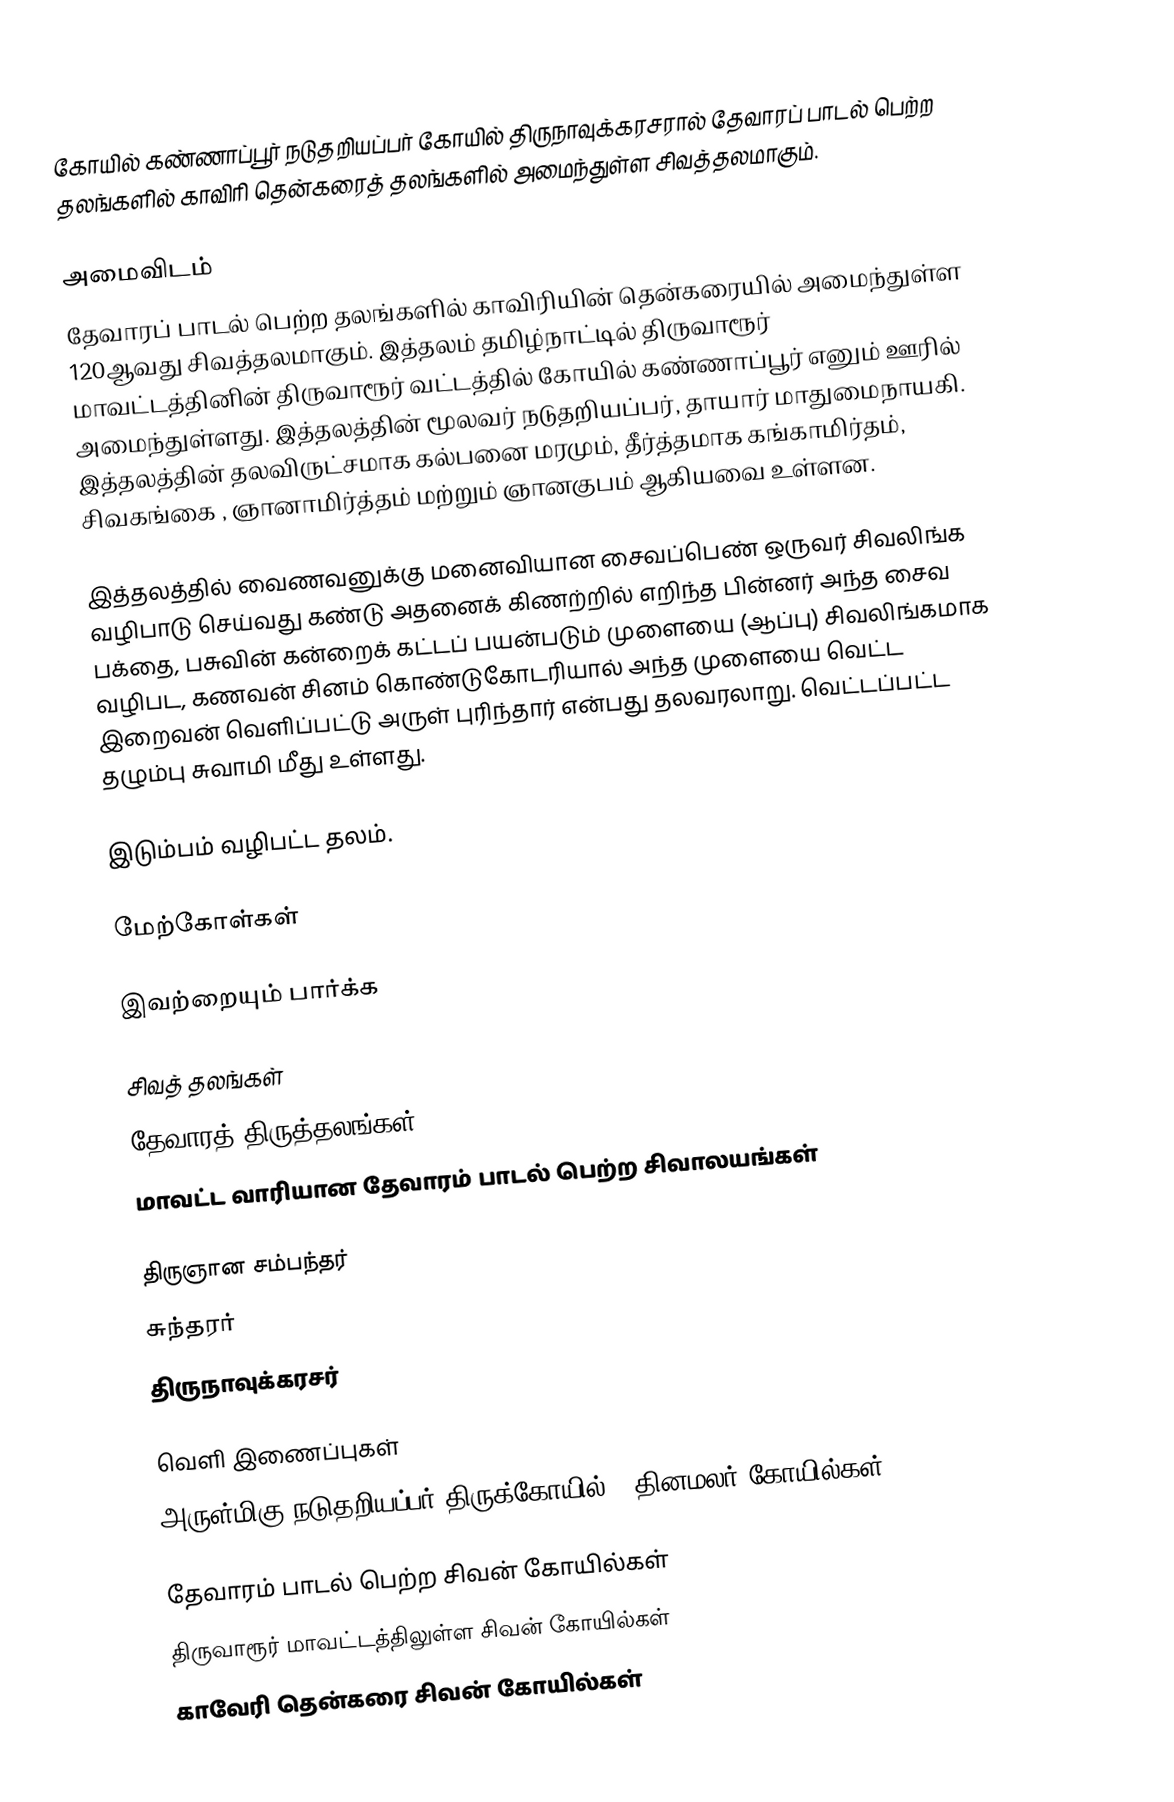
கோயில் கண்ணாப்பூர் நடுதறியப்பர் கோயில் திருநாவுக்கரசரால் தேவாரப் பாடல் பெற்ற தலங்களில் காவிரி தென்கரைத் தலங்களில் அமைந்துள்ள சிவத்தலமாகும்.

அமைவிடம்
தேவாரப் பாடல் பெற்ற தலங்களில் காவிரியின் தென்கரையில் அமைந்துள்ள 120ஆவது சிவத்தலமாகும். இத்தலம் தமிழ்நாட்டில் திருவாரூர் மாவட்டத்தினின்  திருவாரூர் வட்டத்தில் கோயில் கண்ணாப்பூர் எனும் ஊரில் அமைந்துள்ளது. இத்தலத்தின் மூலவர் நடுதறியப்பர், தாயார் மாதுமைநாயகி. இத்தலத்தின் தலவிருட்சமாக கல்பனை மரமும், தீர்த்தமாக கங்காமிர்தம், சிவகங்கை , ஞானாமிர்த்தம் மற்றும்  ஞானகுபம் ஆகியவை உள்ளன.

இத்தலத்தில் வைணவனுக்கு மனைவியான சைவப்பெண் ஒருவர் சிவலிங்க வழிபாடு செய்வது கண்டு அதனைக் கிணற்றில் எறிந்த பின்னர் அந்த சைவ பக்தை, பசுவின் கன்றைக் கட்டப் பயன்படும் முளையை (ஆப்பு) சிவலிங்கமாக வழிபட, கணவன் சினம் கொண்டுகோடரியால் அந்த முளையை வெட்ட இறைவன் வெளிப்பட்டு அருள் புரிந்தார் என்பது தலவரலாறு. வெட்டப்பட்ட தழும்பு சுவாமி மீது உள்ளது.

இடும்பம் வழிபட்ட தலம்.

மேற்கோள்கள்

இவற்றையும் பார்க்க

 சிவத் தலங்கள்
 தேவாரத் திருத்தலங்கள்
 மாவட்ட வாரியான தேவாரம் பாடல் பெற்ற சிவாலயங்கள்

 திருஞான சம்பந்தர்
 சுந்தரர்
 திருநாவுக்கரசர்

வெளி இணைப்புகள்
அருள்மிகு நடுதறியப்பர் திருக்கோயில் - தினமலர் கோயில்கள்

தேவாரம் பாடல் பெற்ற சிவன் கோயில்கள்
திருவாரூர் மாவட்டத்திலுள்ள சிவன் கோயில்கள்
காவேரி தென்கரை சிவன் கோயில்கள்